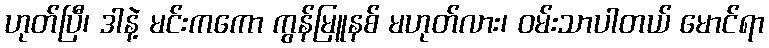
ဟုတ်ပြီ၊ ဒါနဲ့ မင်းကကော ကွန်မြူနစ် မဟုတ်လား၊ ဝမ်းသာပါတယ် မောင်ရာ